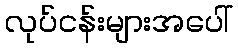
လုပ်ငန်းများအပေါ်